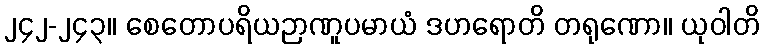
၂၄၂-၂၄၃။ စေတောပရိယဉာဏူပမာယံ ဒဟရောတိ တရုဏော။ ယုဝါတိ